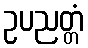
ဥပညတ္တံ